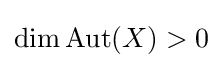
\dim \operatorname {Aut} (X)>0